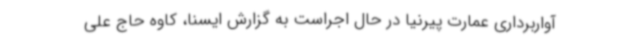
آواربرداری عمارت پیرنیا در حال اجراست به گزارش ایسنا، کاوه حاج علی